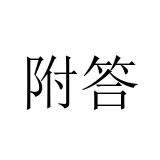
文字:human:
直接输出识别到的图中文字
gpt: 附答